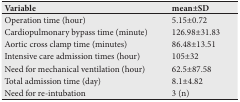
<table><thead><tr><td><b>Variable</b></td><td><b>mean±SD</b></td></tr></thead><tbody><tr><td>Operation time (hour)</td><td>5.15±0.72</td></tr><tr><td>Cardiopulmonary bypass time (minute)</td><td>126.98±31.83</td></tr><tr><td>Aortic cross clamp time (minutes)</td><td>86.48±13.51</td></tr><tr><td>Intensive care admission times (hour)</td><td>105±32</td></tr><tr><td>Need for mechanical ventilation (hour)</td><td>62.5±87.58</td></tr><tr><td>Total admission time (day)</td><td>8.1±4.82</td></tr><tr><td>Need for re-intubation</td><td>3 (n)</td></tr></tbody></table>